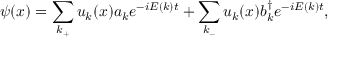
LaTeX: \psi ( x ) = \sum _ { k _ { + } } u _ { k } ( x ) a _ { k } e ^ { - i E ( k ) t } + \sum _ { k _ { - } } u _ { k } ( x ) b _ { k } ^ { \dagger } e ^ { - i E ( k ) t } ,